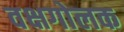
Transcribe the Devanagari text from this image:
वक्षगोलक